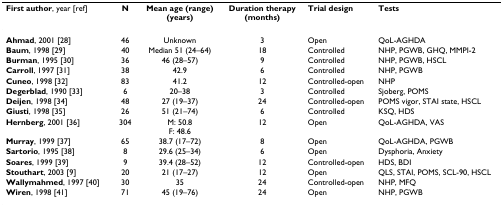
<table><thead><tr><td><b>First author, year [ref]</b></td><td><b>N</b></td><td><b>Mean age (range) (years)</b></td><td><b>Duration therapy (months)</b></td><td><b>Trial design</b></td><td><b>Tests</b></td></tr></thead><tbody><tr><td><b>Ahmad</b>, 2001 [28]</td><td>46</td><td>Unknown</td><td>3</td><td>Open</td><td>QoL-AGHDA</td></tr><tr><td><b>Baum</b>, 1998 [29]</td><td>40</td><td>Median 51 (24–64)</td><td>18</td><td>Controlled</td><td>NHP, PGWB, GHQ, MMPI-2</td></tr><tr><td><b>Burman</b>, 1995 [30]</td><td>36</td><td>46 (28–57)</td><td>9</td><td>Controlled</td><td>NHP, PGWB, HSCL</td></tr><tr><td><b>Carroll</b>, 1997 [31]</td><td>38</td><td>42.9</td><td>6</td><td>Controlled</td><td>NHP, PGWB</td></tr><tr><td><b>Cuneo</b>, 1998 [32]</td><td>83</td><td>41.2</td><td>12</td><td>Controlled-open</td><td>NHP</td></tr><tr><td><b>Degerblad</b>, 1990 [33]</td><td>6</td><td>20–38</td><td>3</td><td>Controlled</td><td>Sjoberg, POMS</td></tr><tr><td><b>Deijen</b>, 1998 [34]</td><td>48</td><td>27 (19–37)</td><td>24</td><td>Controlled-open</td><td>POMS vigor, STAI state, HSCL</td></tr><tr><td><b>Giusti</b>, 1998 [35]</td><td>26</td><td>51 (21–74)</td><td>6</td><td>Controlled</td><td>KSQ, HDS</td></tr><tr><td><b>Hernberg</b>, 2001 [36]</td><td>304</td><td>M: 50.8F: 48.6</td><td>12</td><td>Open</td><td>QoL-AGHDA, VAS</td></tr><tr><td><b>Murray</b>, 1999 [37]</td><td>65</td><td>38.7 (17–72)</td><td>8</td><td>Open</td><td>QoL-AGHDA, PGWB</td></tr><tr><td><b>Sartorio</b>, 1995 [38]</td><td>8</td><td>29.6 (25–34)</td><td>6</td><td>Open</td><td>Dysphoria, Anxiety</td></tr><tr><td><b>Soares</b>, 1999 [39]</td><td>9</td><td>39.4 (28–52)</td><td>12</td><td>Controlled-open</td><td>HDS, BDI</td></tr><tr><td><b>Stouthart</b>, 2003 [9]</td><td>20</td><td>21 (17–27)</td><td>12</td><td>Open</td><td>QLS, STAI, POMS, SCL-90, HSCL</td></tr><tr><td><b>Wallymahmed</b>, 1997 [40]</td><td>30</td><td>35</td><td>24</td><td>Controlled-open</td><td>NHP, MFQ</td></tr><tr><td><b>Wiren</b>, 1998 [41]</td><td>71</td><td>45 (19–76)</td><td>24</td><td>Open</td><td>NHP, PGWB</td></tr></tbody></table>